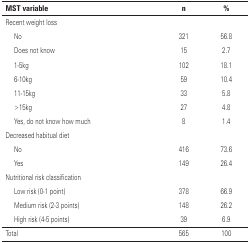
<table><thead><tr><td colspan="2"><b>MST variable</b></td><td><b>n</b></td><td><b>%</b></td></tr></thead><tbody><tr><td colspan="4">Recent weight loss</td></tr><tr><td>[EMPTY_CELL]</td><td>No</td><td>321</td><td>56.8</td></tr><tr><td>[EMPTY_CELL]</td><td>Does not know</td><td>15</td><td>2.7</td></tr><tr><td>[EMPTY_CELL]</td><td>1-5kg</td><td>102</td><td>18.1</td></tr><tr><td>[EMPTY_CELL]</td><td>6-10kg</td><td>59</td><td>10.4</td></tr><tr><td>[EMPTY_CELL]</td><td>11-15kg</td><td>33</td><td>5.8</td></tr><tr><td>[EMPTY_CELL]</td><td>&gt;15kg</td><td>27</td><td>4.8</td></tr><tr><td>[EMPTY_CELL]</td><td>Yes, do not know how much</td><td>8</td><td>1.4</td></tr><tr><td colspan="4">Decreased habitual diet</td></tr><tr><td>[EMPTY_CELL]</td><td>No</td><td>416</td><td>73.6</td></tr><tr><td>[EMPTY_CELL]</td><td>Yes</td><td>149</td><td>26.4</td></tr><tr><td colspan="4">Nutritional risk classification</td></tr><tr><td>[EMPTY_CELL]</td><td>Low risk (0-1 point)</td><td>378</td><td>66.9</td></tr><tr><td>[EMPTY_CELL]</td><td>Medium risk (2-3 points)</td><td>148</td><td>26.2</td></tr><tr><td>[EMPTY_CELL]</td><td>High risk (4-5 points)</td><td>39</td><td>6.9</td></tr><tr><td colspan="2">Total</td><td>565</td><td>100</td></tr></tbody></table>